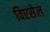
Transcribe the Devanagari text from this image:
विएसेल